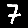
Digit: 7